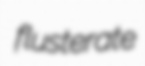
flusterate